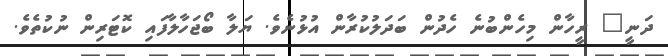
ދަނީ" ރީހާން މިހެންބުނެ ހެދުން ބަދަލުކުރާން އުޅުނެވެ. ޔަލާ ބޯޖަހާލާފައި ކޮޓަރިން ނުކުތެވެ.